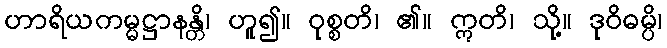
ဟာရိယကမ္မဋ္ဌာနန္တိ၊ ဟူ၍။ ဝုစ္စတိ၊ ၏။ ဣတိ၊ သို့။ ဒုဝိဓမ္ပိ၊